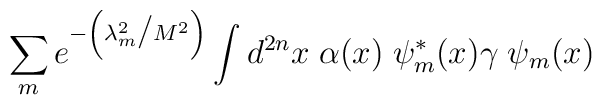
\sum_m e^{-\left( \lambda_m^2 \big / M^2\right)} \int d^{2n}x\; \alpha (x)\; \psi_m^* (x) \gamma\; \psi_m (x)